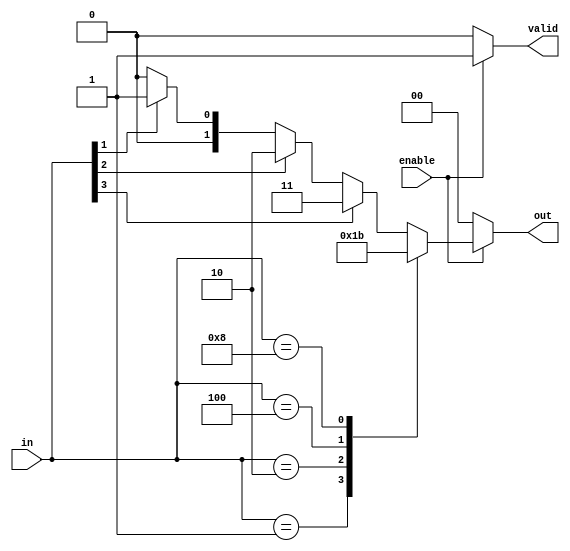
module multilevel_encoder (
    input wire [3:0] in,      // 4 input lines
    input wire enable,         // Enable signal
    output reg [1:0] out,     // 2 output lines
    output reg valid           // Indicate valid output; high when output is valid
);

    always @(*) begin
        if (enable) begin
            valid = 1'b1; // Output is valid when enabled
            case (in)
                4'b0001: out = 2'b00; // Input 0 active
                4'b0010: out = 2'b01; // Input 1 active
                4'b0100: out = 2'b10; // Input 2 active
                4'b1000: out = 2'b11; // Input 3 active
                default: begin
                    // Priority logic: choose the highest priority input active
                    out = 2'b00; // Default to 0 if no active input
                    if (in[3]) out = 2'b11; // Highest priority
                    else if (in[2]) out = 2'b10;
                    else if (in[1]) out = 2'b01;
                    else if (in[0]) out = 2'b00;
                end
            endcase
        end else begin
            valid = 1'b0; // Output is not valid when disabled
            out = 2'b00;  // Output remains stable
        end
    end
endmodule